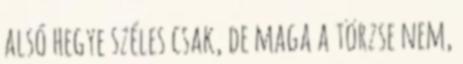
alsó hegye széles csak, de maga a törzse nem,